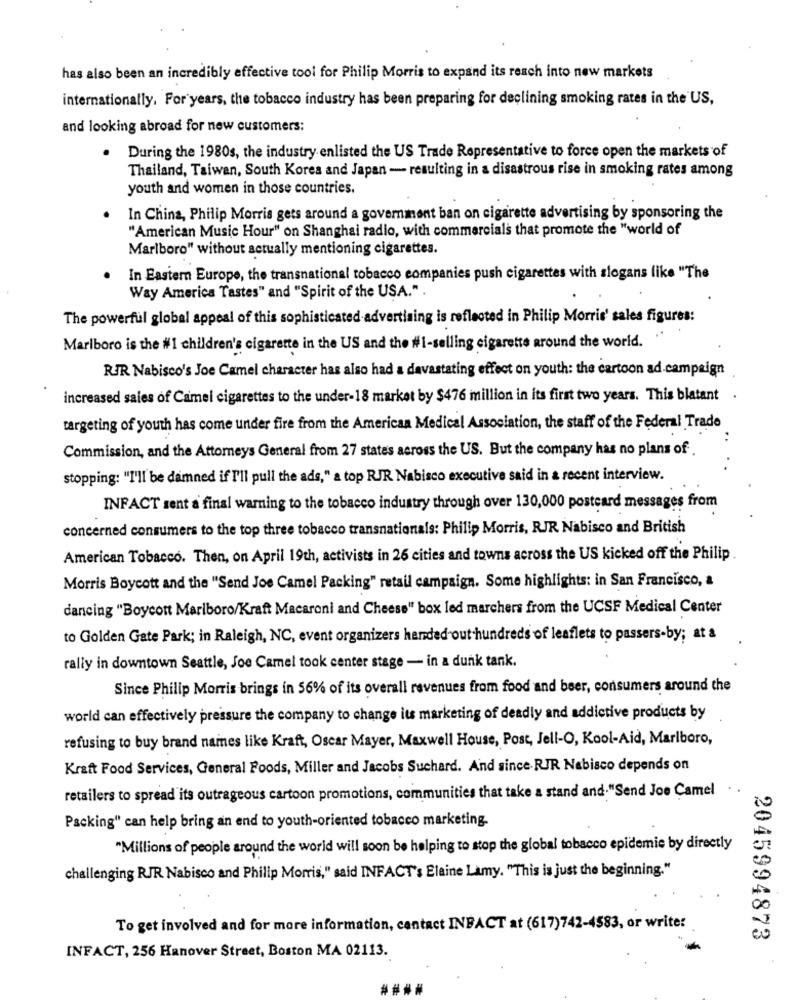
has also been an incredibly effective tool for Philip Morris to expand its reach into new markets
internationally, For years, the tobacco industry has been preparing for declining smoking rates in the US,
and looking abroad for new customers:
.
During the 1980s, the industry enlisted the US Trade Representative to force open the markets of
Thailand, Taiwan, South Korea and Japan - resulting in a disastrous rise in smoking rates among
youth and women in those countries.
In China, Philip Morris gets around a government ban on cigarette advertising by sponsoring the
"American Music Hour" on Shanghai radio, with commercials that promote the "world of
Marlboro" without actually mentioning cigarettes.
In Eastern Europe, the transnational tobacco companies push cigarettes with slogans like "The
Way America Tastes" and "Spirit of the USA.".
The powerful global appeal of this sophisticated advertising is reflected in Philip Morris' sales figures:
Marlboro is the #1 children's cigarette in the US and the #1-selling cigarette around the world.
RIR Nabisco's Joe Camel character has also had a devastating effect on youth: the cartoon ad campaign
increased sales of Camel cigarettes to the under-18 market by $476 million in its first two years. This blatant .
targeting of youth has come under fire from the American Medical Association, the staff of the Federal Trade
Commission, and the Attorneys General from 27 states across the US. But the company has no plans of
stopping: "I'll be damned if I'll pull the ads," a top RJR Nabisco executive said in a recent interview.
INFACT sent a final warning to the tobacco industry through over 130,000 postcard messages from
concerned consumers to the top three tobacco transnationals: Philip Morris, RJR Nabisco and British
American Tobacco. Then, on April 19th, activists in 26 cities and towns across the US kicked off the Philip
Morris Boycott and the "Send Joe Camel Packing" retail campaign. Some highlights: in San Francisco, a
dancing "Boycott Marlboro/Kraft Macaroni and Cheese" box led marchers from the UCSF Medical Center
to Golden Gate Park; in Raleigh, NC, event organizers harded-out hundreds of leaflets to passers-by; at a
rally in downtown Seattle, Joe Camel took center stage - in a dunk tank.
Since Philip Morris brings in 56% of its overall revenues from food and beer, consumers around the
world can effectively pressure the company to change its marketing of deadly and addictive products by
refusing to buy brand names like Kraft, Oscar Mayer, Maxwell House, Post, Jell-O, Kool-Aid, Marlboro,
Kraft Food Services, General Foods, Miller and Jacobs Suchard. And since. RJR Nabisco depends on
retailers to spread its outrageous cartoon promotions, communities that take a stand and."Send Joe Camel
Packing" can help bring an end to youth-oriented tobacco marketing-
"Millions of people around the world will soon be helping to stop the global tobacco epidemie by directly
challenging RJR Nabisco and Philip Morris," said INFACT's Elaine Lamy. "This is just the beginning."
To get involved and for more information, cantact INFACT at (617)742-4583, or write:
2045994873
INFACT, 256 Hanover Street, Boston MA 02113.